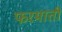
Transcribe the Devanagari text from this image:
फरमाती